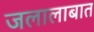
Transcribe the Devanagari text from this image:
जलालाबात